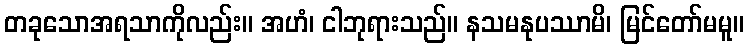
တခုသောအရသာကိုလည်း။ အဟံ၊ ငါဘုရားသည်။ နသမနုပဿာမိ၊ မြင်တော်မမူ။